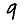
Digit: 9